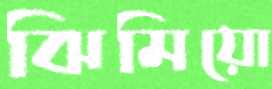
ঝিমিয়ো